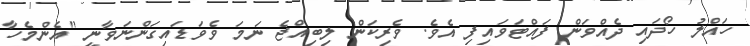
ހައްލު ހޯދައި ދެއްވަން ފައްޓަވައިފި އެވެ. ވެރިކަން ލިބިއްޖެ ނަމަ ވެވަޑައިގަންނަވާނީ "އެންމެހާ